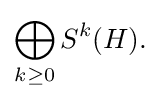
{\bigoplus _{k\geq 0}S^{k}(H).}